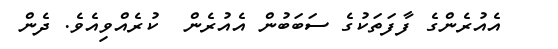
އެއުރެންގެ ފާފަތަކުގެ ސަބަބުން އެއުރެން  ކުރެއްވިއެވެ. ދެން